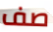
صف